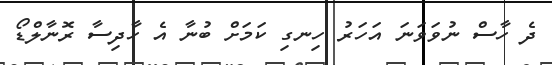
ދެ ހާސް ނުވަވަނަ އަހަރު ހިނގި ކަމަށް ބުނާ އެ ހާދިސާ ރޮނާލްޑޯ